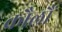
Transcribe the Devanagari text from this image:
कौलौं